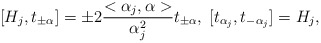
\begin{align*}[H_{j},t_{\pm \alpha}]=\pm 2\frac{<\alpha_{j},\alpha>}{\alpha_{j}^{2}}t_{\pm \alpha},\;[t_{\alpha_{j}},t_{-\alpha_{j}}]=H_{j},\end{align*}